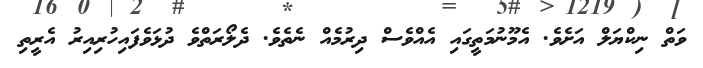
ވަތް ނިކްޔަލް އަަށެވެ. އެމޫނުމަތީގައި އެއްވެސް ދިރުމެއް ނެތެވެ. ދެލޯރަތްވެ ދުޅަވެފައިހުރިއިރު އެރީތި